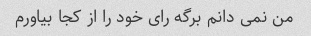
من نمی دانم برگه رای خود را از کجا بیاورم